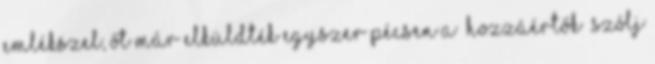
emlékszel, Őt már elküldték egyszer Pécsen a “hozzáértők” Szólj